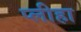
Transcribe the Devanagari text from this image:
प्‍लीहा